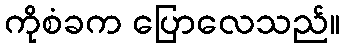
ကိုစံခက ပြောလေသည်။